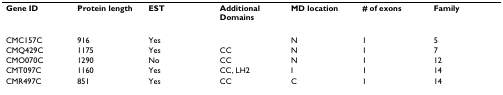
<table><thead><tr><td><b>Gene ID</b></td><td><b>Protein length</b></td><td><b>EST</b></td><td><b>Additional Domains</b></td><td><b>MD location</b></td><td><b># of exons</b></td><td><b>Family</b></td></tr></thead><tbody><tr><td>CMC157C</td><td>916</td><td>Yes</td><td></td><td>N</td><td>1</td><td>5</td></tr><tr><td>CMQ429C</td><td>1175</td><td>Yes</td><td>CC</td><td>N</td><td>1</td><td>7</td></tr><tr><td>CMO070C</td><td>1290</td><td>No</td><td>CC</td><td>N</td><td>1</td><td>12</td></tr><tr><td>CMT097C</td><td>1160</td><td>Yes</td><td>CC, LH2</td><td>I</td><td>1</td><td>14</td></tr><tr><td>CMR497C</td><td>851</td><td>Yes</td><td>CC</td><td>C</td><td>1</td><td>14</td></tr></tbody></table>